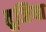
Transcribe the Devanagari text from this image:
तूजिया